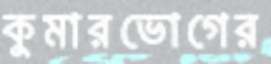
কুমারভোগের